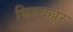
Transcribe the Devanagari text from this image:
थिरुवल्लुर